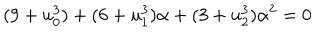
( 9 + u _ { 0 } ^ { 3 } ) + ( 6 + u _ { 1 } ^ { 3 } ) \alpha + ( 3 + u _ { 2 } ^ { 3 } ) \alpha ^ { 2 } = 0